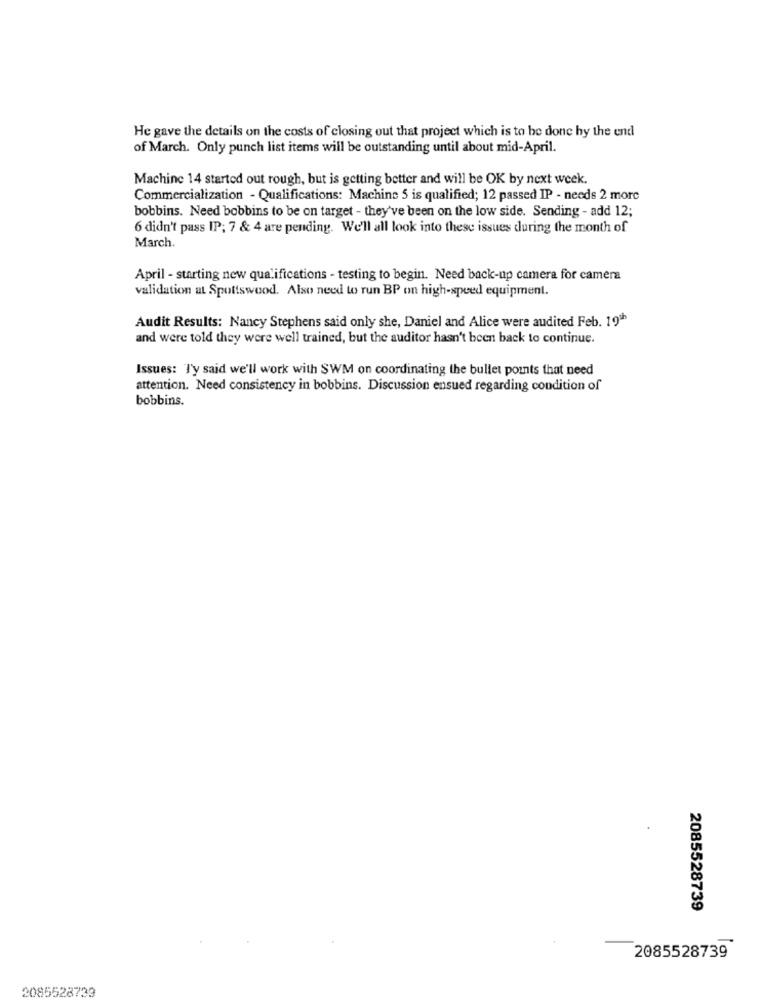
He gave the details on the costs of closing out that project which is to be done by the end
of March. Only punch list items will be outstanding until about mid-April.
Machine 14 started out rough, but is getting better and will be OK by next week.
Commercialization - Qualifications: Machine 5 is qualified; 12 passed IP - needs 2 morc
bobbins. Need bobbins to be on target - they've been on the low side. Sending - add 12;
6 didn't pass IP; 7 & 4 are pending. We'll all look into these issues during the month of
March.
April - starting new qualifications - testing to begin. Need back-up camera for camera
validation at Spottswood. Also need to run BP on high-speed equipment.
Audit Results: Nancy Stephens said only she, Daniel and Alice were audited Feb. 19h
and were told they were well trained, but the auditor hasn't been back to continue.
Issues: J'y said we'll work with SWM on coordinating the bullet points that need
attention. Need consistency in bobbins. Discussion ensued regarding condition of
bobbins.
2085528739
2085528739
2085528733